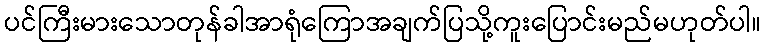
ပင်ကြီးမားသောတုန်ခါအာရုံကြောအချက်ပြသို့ကူးပြောင်းမည်မဟုတ်ပါ။